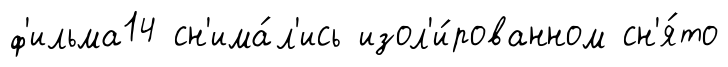
ф'ильма14 сн'има́л'ись изол'и́рованном сн'я́то